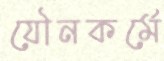
যৌনকর্মে